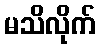
မသိလိုက်